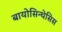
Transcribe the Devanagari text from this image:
बायोसिन्थेसिस